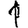
Digit: 1